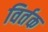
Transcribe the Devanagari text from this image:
विर्तक